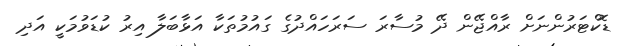
ޑޮކްޓަރުންނަށް ރާއްޖޭން ދޭ މުސާރަ ސަރަހައްދުގެ ގައުމުތަކާ އަޅާބަލާ އިރު ކުޑަވުމަކީ އަދި